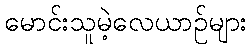
မောင်းသူမဲ့လေယာဉ်များ